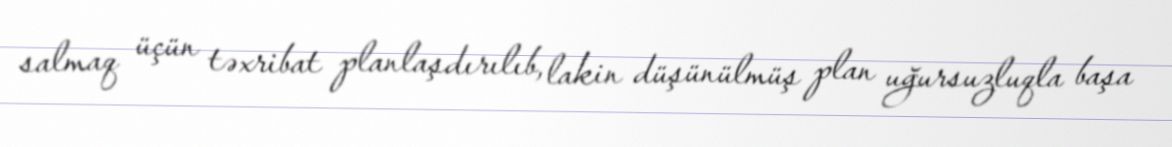
salmaq üçün təxribat planlaşdırılıb, lakin düşünülmüş plan uğursuzluqla başa